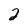
Character: 2